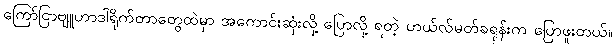
ကြော်ငြာဗျူဟာဒါရိုက်တာတွေထဲမှာ အကောင်းဆုံးလို့ ပြောလို့ ရတဲ့ ဟယ်လ်မတ်ခရုန်းက ပြောဖူးတယ်။